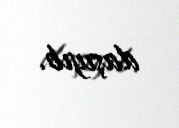
daşıyıb.